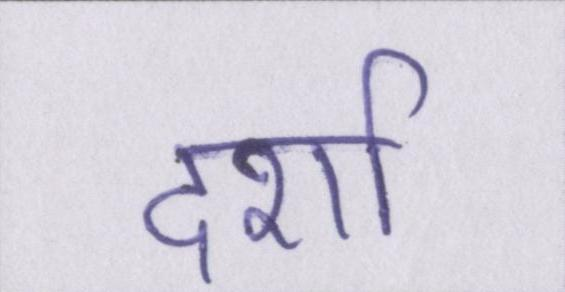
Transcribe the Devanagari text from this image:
दर्शा